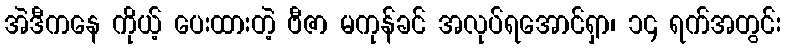
အဲဒီကနေ ကိုယ့် ပေးထားတဲ့ ဗီဇာ မကုန်ခင် အလုပ်ရအောင်ရှာ၊ ၁၄ ရက်အတွင်း